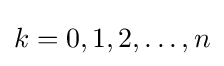
k=0,1,2,\dots ,n